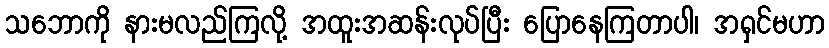
သဘောကို နားမလည်ကြလို့ အထူးအဆန်းလုပ်ပြီး ပြောနေကြတာပါ၊ အရှင်မဟာ